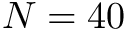
N = 4 0